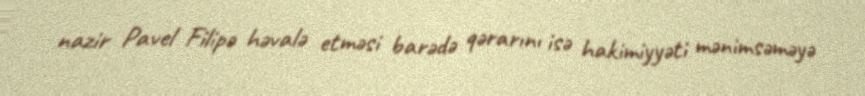
nazir Pavel Filipə həvalə etməsi barədə qərarını isə hakimiyyəti mənimsəməyə